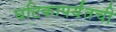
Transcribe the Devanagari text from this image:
घटिकापर्यंतची